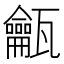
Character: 𱰓